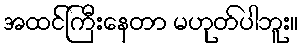
အထင်ကြီးနေတာ မဟုတ်ပါဘူး။